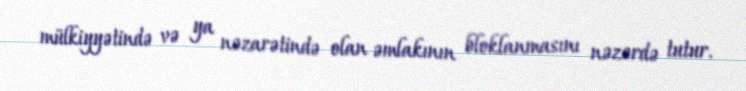
mülkiyyətində və ya nəzarətində olan əmlakının bloklanmasını nəzərdə tutur.